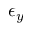
\epsilon _ { y }